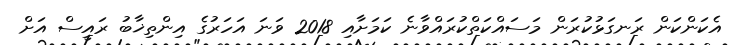
އެކަންކަން ރަނގަޅުކުރަން މަސައްކަތްކުރައްވާނެ ކަމަށާއި 2018 ވަނަ އަހަރުގެ އިންތިޚާބު ރައީސް އަށް